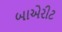
બાએરીટ